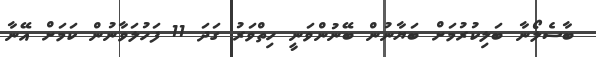
ބާސެލޯނާ ބަލިކުރުމަށް ބަޔާނުން ބޭނުންވަނީ ހިތްވަރު ގަދަ 11 ފަހުލަވާނުން ކަމަށް އޭނާ